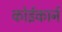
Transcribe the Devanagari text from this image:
कोईकार्न